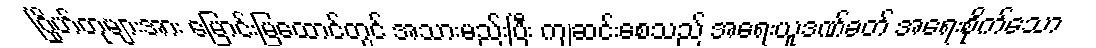
ဂြိုဟ်တုများအား မြောင်းမြထောင်တွင် အသားမည်းပြီး ကျဆင်းစေသည် အရေးယူဒဏ်ခတ် အရေးစိုက်သော